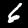
Label: 6